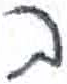
אות: ב